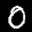
Label: 0